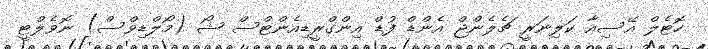
ހޮޓެލް އޭސިއާ ކަލިނަރީ ޗެލެންޖް އެންޑް ފުޑް އިންގްރީޑިއެންޓްސް ޝޯ (މޯލްޑިވްސް) ނޮވެލްޓީ